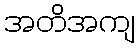
အတိအကျ